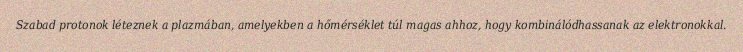
Szabad protonok léteznek a plazmában, amelyekben a hőmérséklet túl magas ahhoz, hogy kombinálódhassanak az elektronokkal.